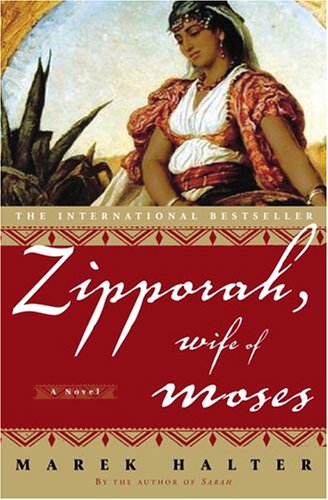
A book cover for Zipporah, Wife of Moses: A Novel; Marek Halter; Christian Books & Bibles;